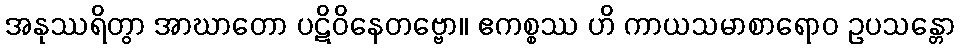
အနုဿရိတွာ အာဃာတော ပဋိဝိနေတဗ္ဗော။ ဧကစ္စဿ ဟိ ကာယသမာစာရောဝ ဥပသန္တော